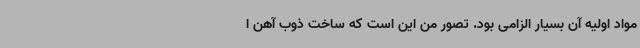
مواد اولیه آن بسیار الزامی بود. تصور من این است که ساخت ذوب آهن ا